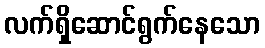
လက်ရှိဆောင်ရွက်နေသော